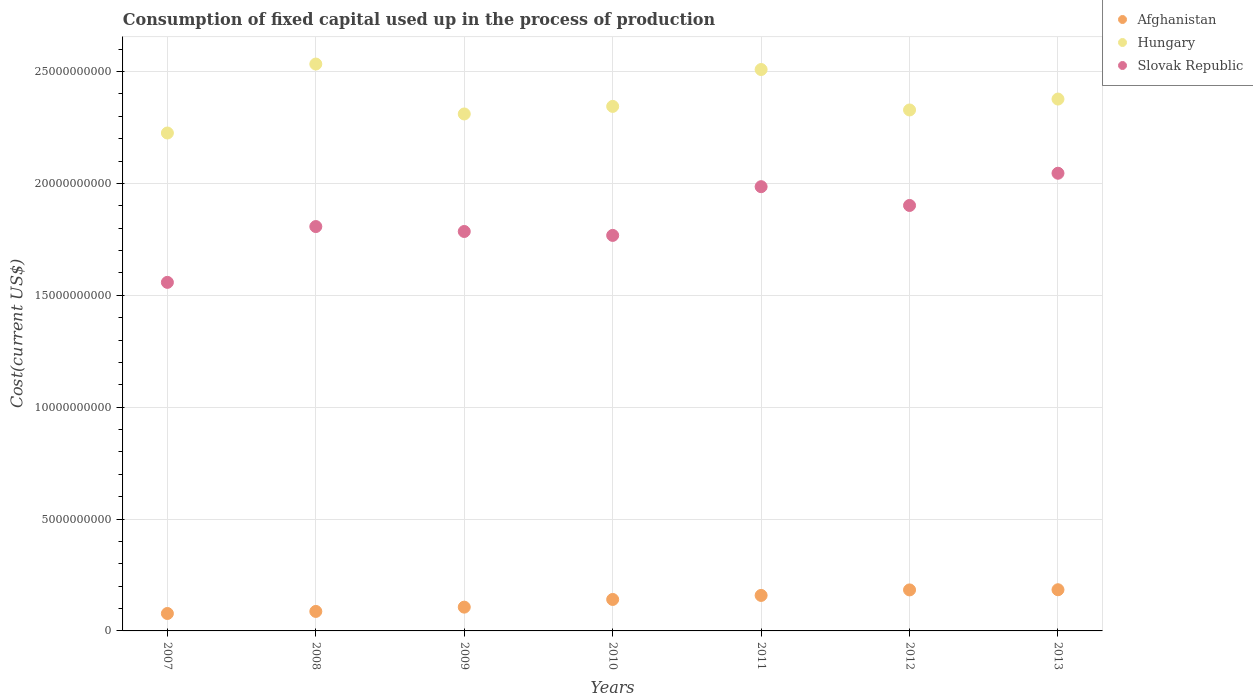
| Years | Afghanistan | Hungary | Slovak Republic |
 | --- | --- | --- | --- |
 | 2007 | 7.79e+08 | 2.23e+10 | 1.56e+10 |
 | 2008 | 8.72e+08 | 2.53e+10 | 1.81e+10 |
 | 2009 | 1.06e+09 | 2.31e+10 | 1.79e+10 |
 | 2010 | 1.41e+09 | 2.34e+10 | 1.77e+10 |
 | 2011 | 1.59e+09 | 2.51e+10 | 1.99e+10 |
 | 2012 | 1.83e+09 | 2.33e+10 | 1.9e+10 |
 | 2013 | 1.84e+09 | 2.38e+10 | 2.05e+10 |